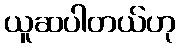
ယူဆပါတယ်ဟု